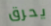
يحرق